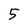
Character: 5